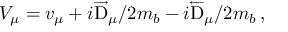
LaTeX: { \cal V } _ { \mu } = v _ { \mu } + i \overrightarrow \mathrm { D } _ { \mu } / 2 m _ { b } - i \overleftarrow \mathrm { D } _ { \mu } / 2 m _ { b } \, ,